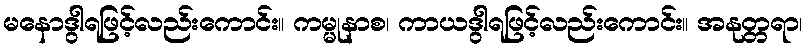
မနောဒွါရဖြင့်လည်းကောင်း။ ကမ္မုနာစ၊ ကာယဒွါရဖြင့်လည်းကောင်း။ အနုတ္တရာ၊